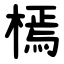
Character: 㯊